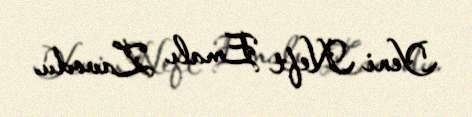
Yeni Neft Emalı Zavodu.